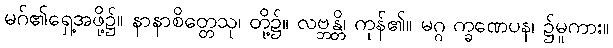
မဂ်၏ရှေ့အဖို့၌။ နာနာစိတ္တေသု၊ တို့၌။ လဗ္ဘန္တိ၊ ကုန်၏။ မဂ္ဂ က္ခဏေပန၊ ၌မူကား။